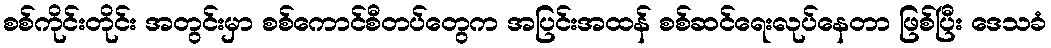
စစ်ကိုင်းတိုင်း အတွင်းမှာ စစ်ကောင်စီတပ်တွေက အပြင်းအထန် စစ်ဆင်ရေးလုပ်နေတာ ဖြစ်ပြီး ဒေသခံ